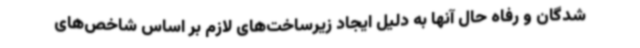
‌شدگان و رفاه حال آنها به دلیل ایجاد زیرساخت‌های لازم بر اساس شاخص‌های